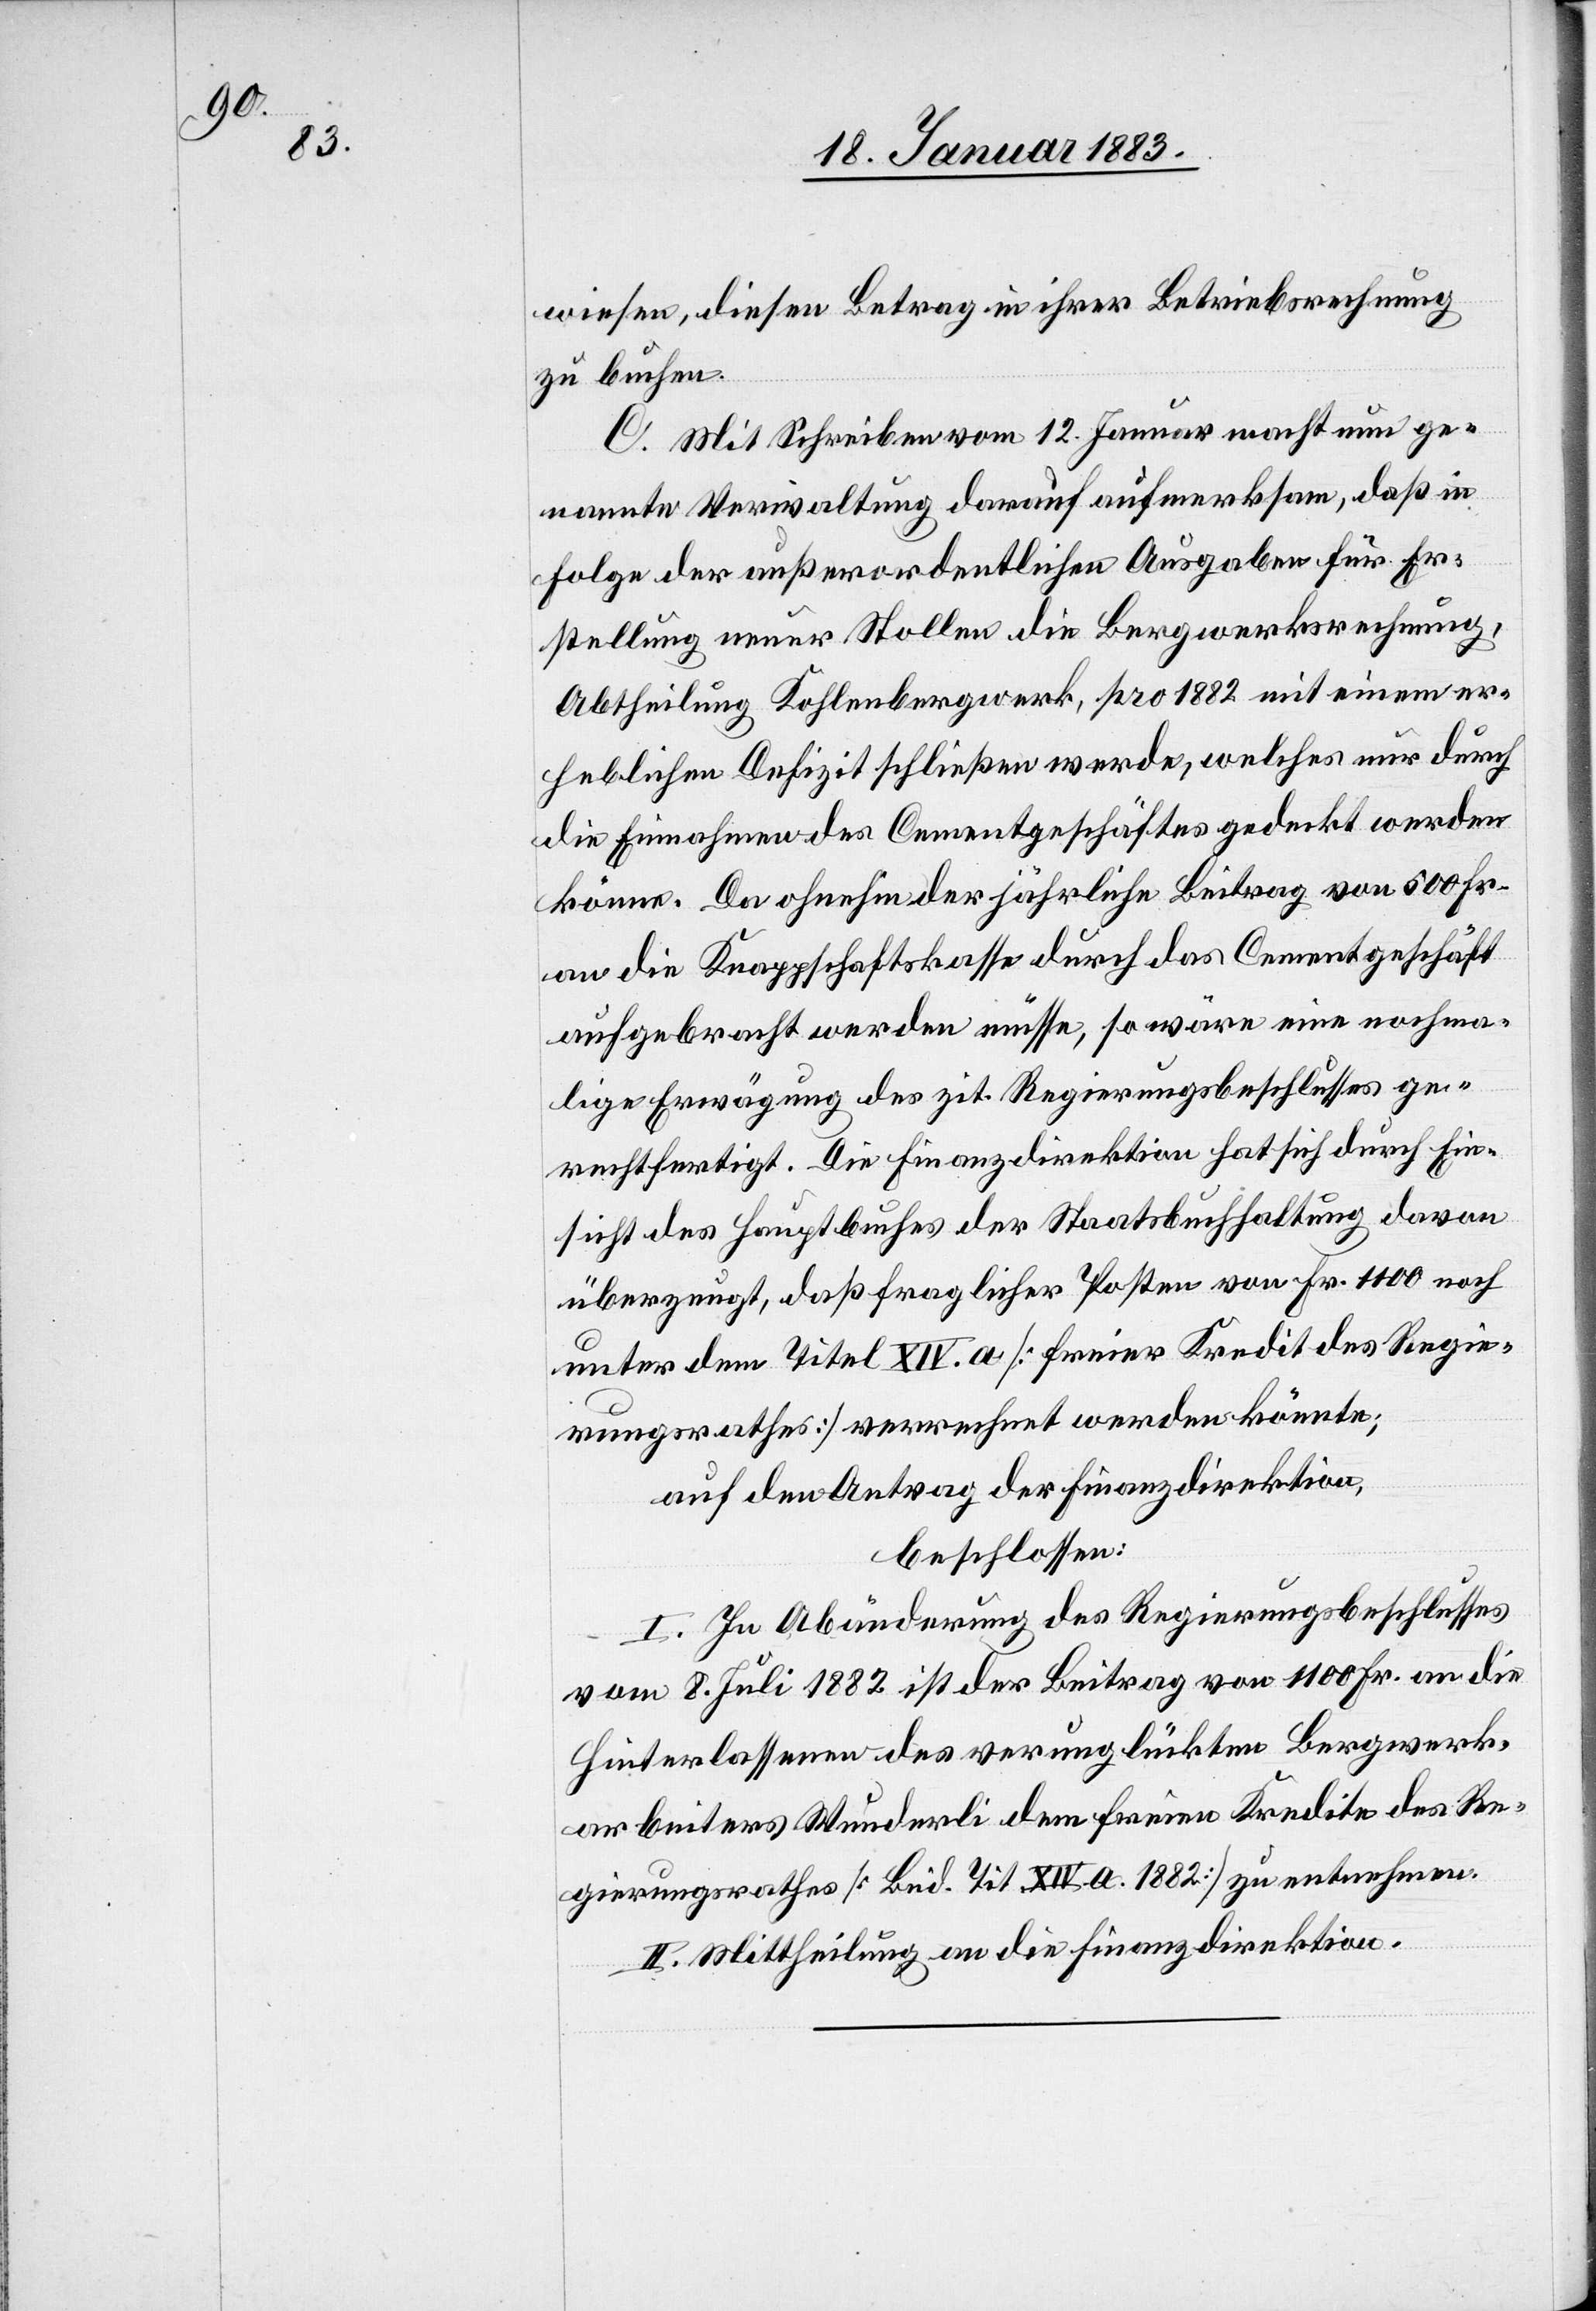
wiesen, diesen Betrag in ihrer Betriebsrechnung
zu buchen.
C. Mit Schreiben vom 12. Januar macht nun ge¬
nannte Verwaltung darauf aufmerksam, daß in
Folge der außerordentlichen Ausgaben für Er¬
stellung neuer Stollen die Bergwerksrechnung,
Abtheilung Kohlenbergwerk, pro 1882 mit einem er¬
heblichen Defizit schließen werde, welches nur durch
die Einnahmen des Cementgeschäftes gedeckt werden
könne. Da ohnehin der jährliche Beitrag von 500 Fr.
an die Knappschaftskasse durch das Cementgeschäft
aufgebracht werden müsse, so wäre eine nochma¬
lige Erwägung des zit. Regierungsbeschlusses ge¬
rechtfertigt. Die Finanzdirektion hat sich durch Ein¬
sicht des Hauptbuches der Staatsbuchhaltung davon
überzeugt, daß fraglicher Posten von Fr. 1100 noch
unter dem Titel XIV. a [freier Kredit des Regie¬
rungsrathes] verrechnet werden könnte;
auf den Antrag der Finanzdirektion,
beschlossen:
I. In Abänderung des Regierungsbeschlusses
vom 8. Juli 1882 ist der Beitrag von 1100 Fr. an die
Hinterlassenen des verunglückten Bergwerk¬
arbeiters Wunderli dem freien Kredite des Re¬
gierungsrathes [Büd. Tit. XIV. a. 1882] zu entnehmen.
II. Mittheilung an die Finanzdirektion.